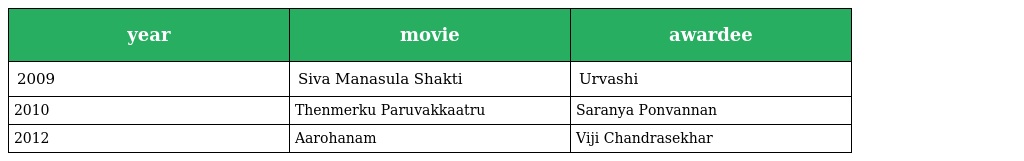
| year | movie | awardee |
 | --- | --- | --- |
 | 2009 | Siva Manasula Shakti | Urvashi |
 | 2010 | Thenmerku Paruvakkaatru | Saranya Ponvannan |
 | 2012 | Aarohanam | Viji Chandrasekhar |